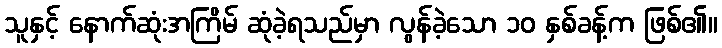
သူနှင့် နောက်ဆုံးအကြိမ် ဆုံခဲ့ရသည်မှာ လွန်ခဲ့သော ၁၀ နှစ်ခန့်က ဖြစ်၏။